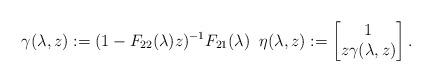
LaTeX: \begin{align*}\gamma(\lambda,z):=(1-F_{22}(\lambda)z)^{-1}F_{21}(\lambda)\;\;\eta(\lambda,z):=\begin{bmatrix}1\\z\gamma(\lambda,z) \end{bmatrix}.\end{align*}